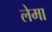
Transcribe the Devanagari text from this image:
लेमा